Leaving Certificate Examination (including Day School Certificate (Higher) General paper), 1938
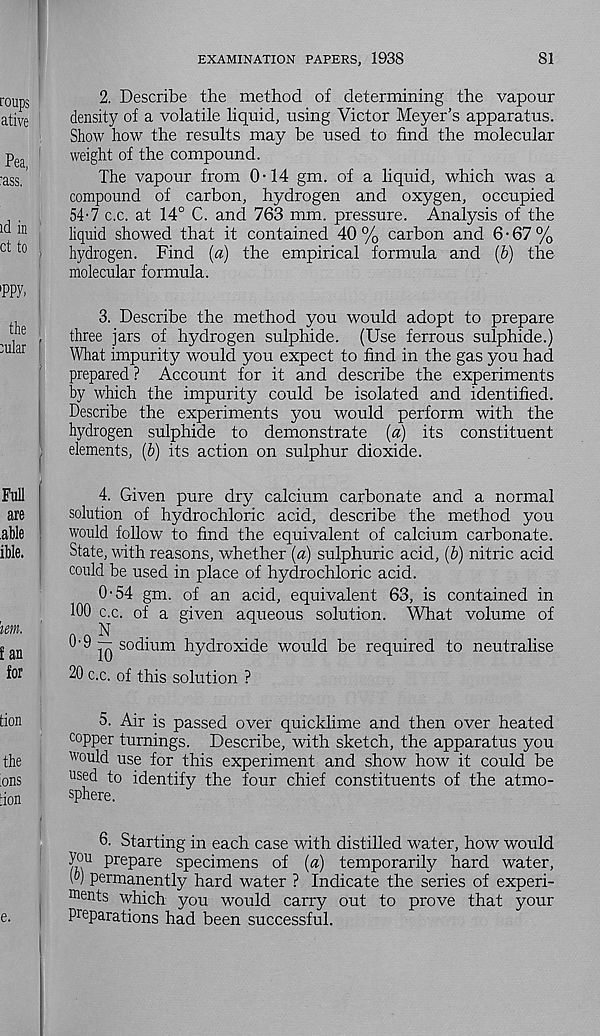
EXAMINATION PAPERS, 1938
81
2. Describe the method of determining the vapour
density of a volatile liquid, using Victor Meyer’s apparatus.
Show how the results may be used to find the molecular
weight of the compound.
The vapour from 0-14 gm. of a liquid, which was a
compound of carbon, hydrogen and oxygen, occupied
54'7 c.c. at 14° C. and 763 mm. pressure. Analysis of the
liquid showed that it contained 40% carbon and 6-67%
hydrogen. Find [a) the empirical formula and (&) the
molecular formula.
3. Describe the method you would adopt to prepare
three jars of hydrogen sulphide. (Use ferrous sulphide.)
What impurity would you expect to find in the gas you had
prepared ? Account for it and describe the experiments
by which the impurity could be isolated and identified.
Describe the experiments you would perform with the
hydrogen sulphide to demonstrate (a) its constituent
elements, (b) its action on sulphur dioxide.
4. Given pure dry calcium carbonate and a normal
solution of hydrochloric acid, describe the method you
would follow to find the equivalent of calcium carbonate.
State, with reasons, whether (a) sulphuric acid, (b) nitric acid
could be used in place of hydrochloric acid.
0-54 gm. of an acid, equivalent 63, is contained in
100 c.c. of a given aqueous solution. What volume of
O'9 — sodium hydroxide would be required to neutralise
20 c.c. of this solution ?
5. Air is passed over quicklime and then over heated
copper turnings. Describe, with sketch, the apparatus you
would use for this experiment and show how it could be
used to identify the four chief constituents of the atmo-
sphere.
6. Starting in each case with distilled water, how would
you prepare specimens of (a) temporarily hard water,
(®) permanently hard water ? Indicate the series of experi-
ments which you would carry out to prove that your
preparations had been successful.